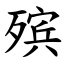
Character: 殡